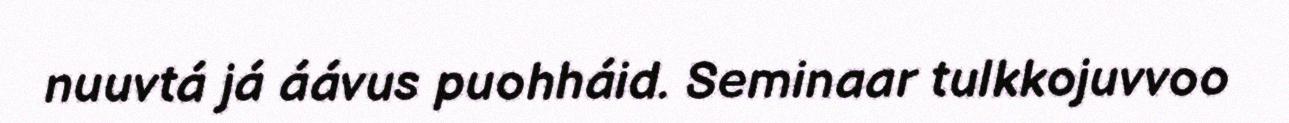
nuuvtá já áávus puohháid. Seminaar tulkkojuvvoo